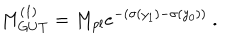
M _ { G U T } ^ { ( 1 ) } = M _ { p l } e ^ { - ( \sigma ( y _ { 1 } ) - \sigma ( y _ { 0 } ) ) } ~ . ~ \,